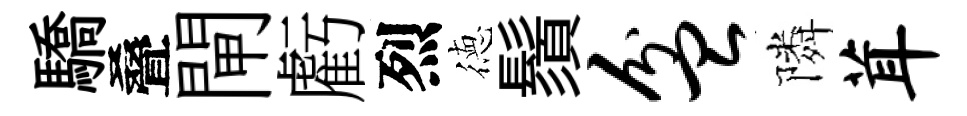
驕叠閘虧烈徳鬚盆隣茸